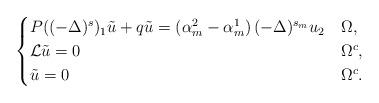
LaTeX: \begin{align*} \begin{cases} P( (-\Delta)^s)_1 \tilde{u} + q\tilde{u} = \left(\alpha_m^2-\alpha_m^1\right)(-\Delta)^{s_m}u_2 &\Omega, \\ \mathcal{L}\tilde{u}=0 &\Omega^c,\\ \tilde{u}=0 &\Omega^c. \end{cases} \end{align*}